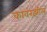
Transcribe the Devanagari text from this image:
कावरझील